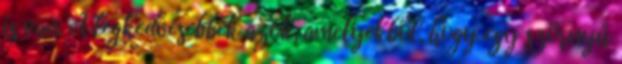
is van. A legkedvesebbek azok, amelyekből, hogy egy szörnyű